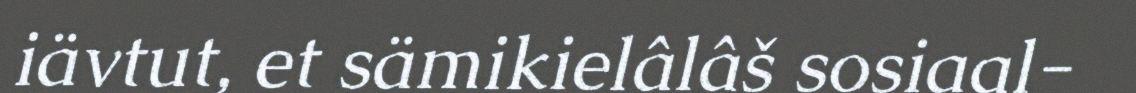
iävtut, et sämikielâlâš sosiaal-